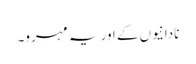
نادانیوں کے اور یہ مہرو۔